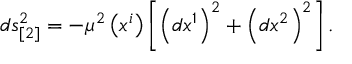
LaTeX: d s _ { [ 2 ] } ^ { 2 } = - \mu ^ { 2 } \left( x ^ { i } \right) \left[ \left( d x ^ { 1 } \right) ^ { 2 } + \left( d x ^ { 2 } \right) ^ { 2 } \right] .